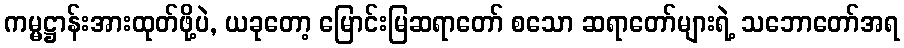
ကမ္မဋ္ဌာန်းအားထုတ်ဖို့ပဲ, ယခုတော့ မြောင်းမြဆရာတော် စသော ဆရာတော်များရဲ့ သဘောတော်အရ